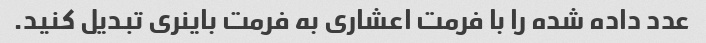
عدد داده شده را با فرمت اعشاری به فرمت باینری تبدیل کنید.